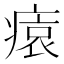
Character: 𤸖